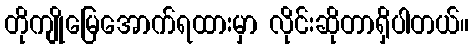
တိုကျိုမြေအောက်ရထားမှာ လိုင်းဆိုတာရှိပါတယ်။